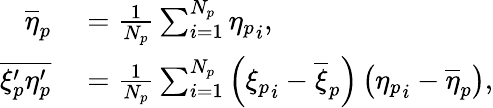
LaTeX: \begin{array}{rl}{\overline{{\eta}}_{p}}&{{}=\frac{1}{N_{p}}\sum_{i=1}^{N_{p}}{\eta_{p}}_{i},}\\ {\overline{{\xi_{p}^{\prime}\eta_{p}^{\prime}}}}&{{}=\frac{1}{N_{p}}\sum_{i=1}^{N_{p}}\left({\xi_{p}}_{i}-\overline{{\xi}}_{p}\right)\left({\eta_{p}}_{i}-\overline{{\eta}}_{p}\right),}\end{array}